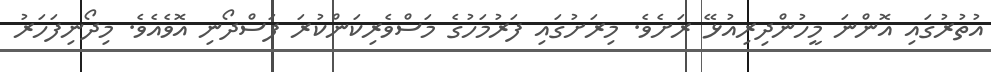
އުތުރުގައި އޮންނަ މީހުންދިރިއުޅޭ ރަށެވެ. މިރަށުގައި ފަރުމަހުގެ މަސްވެރިކަންކުރަ ފަސްދޯނި އޮވެއެވެ. މިދޯނިފަހަރު